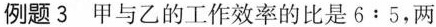
例题3 甲与乙的工作效率的比是$$6 : 5$$，两